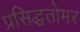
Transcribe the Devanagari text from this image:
प्रसिद्धतोमर